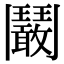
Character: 鬫